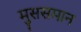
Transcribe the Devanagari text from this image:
मुससमान